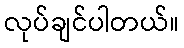
လုပ်ချင်ပါတယ်။